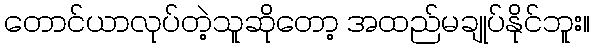
တောင်ယာလုပ်တဲ့သူဆိုတော့ အထည်မချုပ်နိုင်ဘူး။